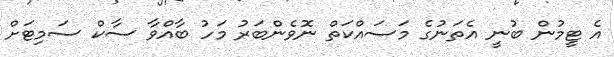
އެ ޓީމުން ބުނީ އެތަނުގެ މަސައްކަތް ނޮވެންބަރު މަހު ބާއްވާ ސާކް ސަމިޓަށް